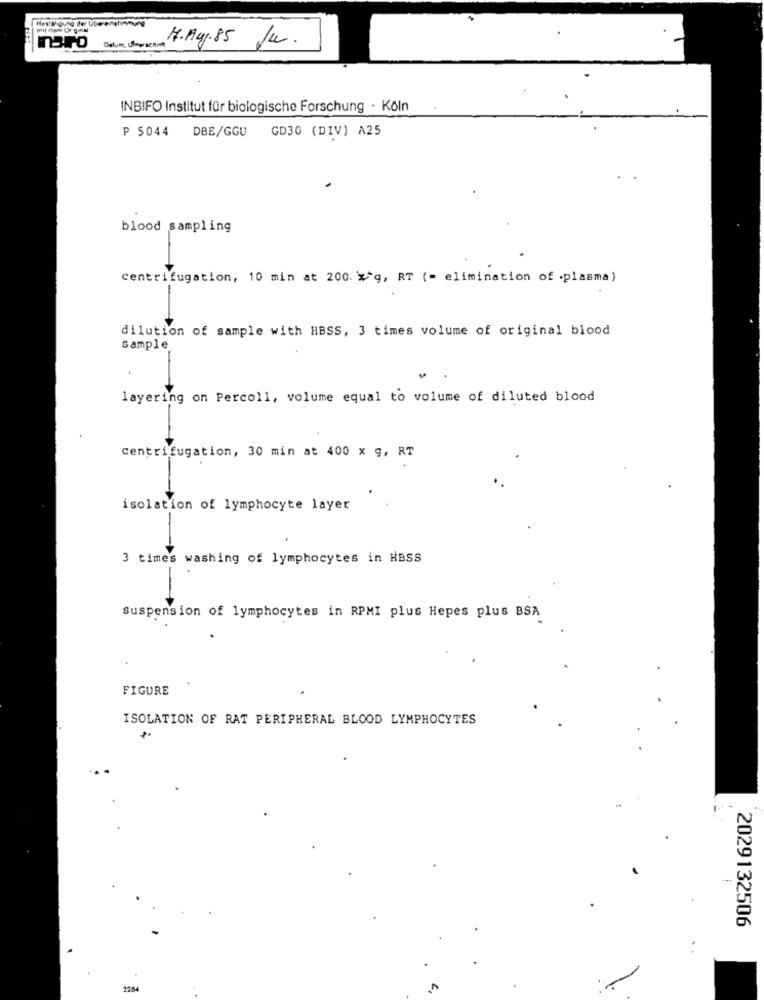
Hestigung der Utwenet
7.Aug.85 Ju.
Datum, Uherschot
INBIFO Institut für biologische Forschung · Köln
P 5044 DBE/GGU
GD30 (DIV) A25
blood sampling
centrifugation, 10 min at 200. x*g, RT (= elimination of .plasma)
dilution of sample with HBSS, 3 times volume of original blood
sample
layering on Percoll, volume equal to volume of diluted blood
centrifugation, 30 min at 400 x g, RT
isolation of lymphocyte layer
3 times washing of lymphocytes in HBSS
Suspension of lymphocytes in RPMI plus Hepes plus BSA
FIGURE
ISOLATION OF RAT PERIPHERAL BLOOD LYMPHOCYTES
2029132506